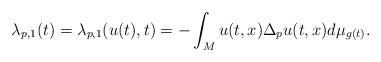
LaTeX: \begin{align*} \lambda_{p,1}(t) = \lambda_{p,1}(u(t), t) = - \int_M u(t,x) \Delta_p u(t,x) d\mu_{g(t)}.\end{align*}